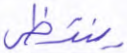
ينتظر